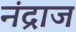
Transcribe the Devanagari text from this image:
नंद्राज